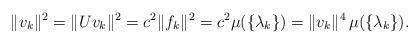
LaTeX: \begin{align*}\|v_{k}\|^{2}=\|Uv_{k}\|^{2}=c^{2}\|f_{k}\|^{2}=c^{2}\mu(\{\lambda_{k}\})=\|v_{k}\|^{4}\,\mu(\{\lambda_{k}\}).\end{align*}